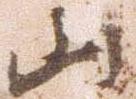
山